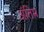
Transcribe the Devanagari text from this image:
अंंतिम